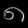
Digit: ၈